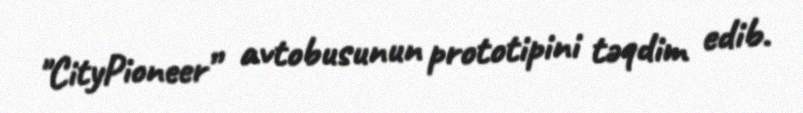
"CityPioneer” avtobusunun prototipini təqdim edib.